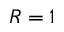
R = 1